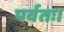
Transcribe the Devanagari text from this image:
पर्वतः।